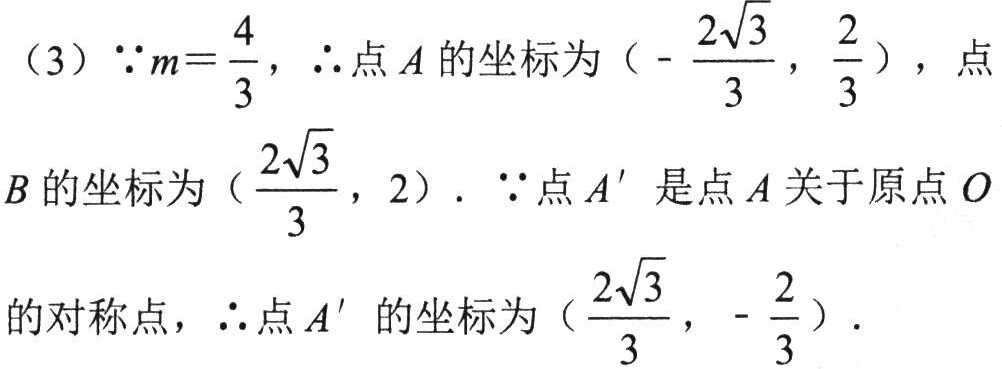
（3）\(\because m = \frac{4}{3}\)，\(\therefore\)点\(A\)的坐标为\((-\frac{2\sqrt{3}}{3}, \frac{2}{3})\)，点\(B\)的坐标为\((\frac{2\sqrt{3}}{3}, 2)\). \(\because\)点\(A'\)是点\(A\)关于原点\(O\)的对称点，\(\therefore\)点\(A'\)的坐标为\((\frac{2\sqrt{3}}{3}, -\frac{2}{3})\).